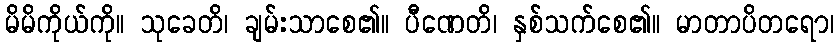
မိမိကိုယ်ကို။ သုခေတိ၊ ချမ်းသာစေ၏။ ပီဏေတိ၊ နှစ်သက်စေ၏။ မာတာပိတရော၊